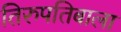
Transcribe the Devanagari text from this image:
तिरुपतिबाला